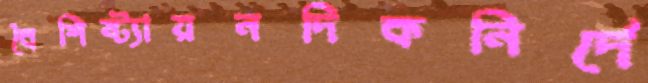
বৈশিষ্ট্যায়নদিকনির্দে